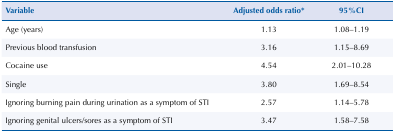
<table><thead><tr><td><b>Variable</b></td><td><b>Adjusted odds ratio*</b></td><td><b>95%CI</b></td></tr></thead><tbody><tr><td>Age (years)</td><td>1.13</td><td>1.08–1.19</td></tr><tr><td>Previous blood transfusion</td><td>3.16</td><td>1.15–8.69</td></tr><tr><td>Cocaine use</td><td>4.54</td><td>2.01–10.28</td></tr><tr><td>Single</td><td>3.80</td><td>1.69–8.54</td></tr><tr><td>Ignoring burning pain during urination as a symptom of STI</td><td>2.57</td><td>1.14–5.78</td></tr><tr><td>Ignoring genital ulcers/sores as a symptom of STI</td><td>3.47</td><td>1.58–7.58</td></tr></tbody></table>